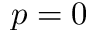
p = 0